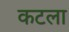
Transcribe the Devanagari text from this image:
कटला